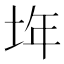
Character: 𡋂